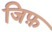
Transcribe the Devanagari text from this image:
जिफ़